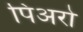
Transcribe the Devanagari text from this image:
पिअरो